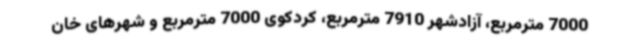
7000 مترمربع، آزادشهر 7910 مترمربع، کردکوی 7000 مترمربع و شهرهای خان